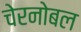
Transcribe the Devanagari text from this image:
चेरनोबल